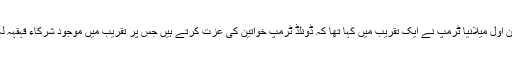
واضح رہے کہ امریکی خاتون اول میلانیا ٹرمپ نے ایک تقریب میں کہا تھا کہ ڈونلڈ ٹرمپ خواتین کی عزت کرتے ہیں جس پر تقریب میں موجود شرکاء قہقہہ لگانے پر مجبور ہوگئے تھے۔